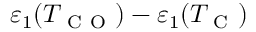
\varepsilon _ { 1 } ( T _ { \mathrm { ~ C ~ O ~ } } ) - \varepsilon _ { 1 } ( T _ { \mathrm { ~ C ~ } } )